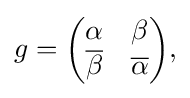
\displaystyle {g={\begin{pmatrix}\alpha &\beta \\{\overline {\beta }}&{\overline {\alpha }}\end{pmatrix}},}